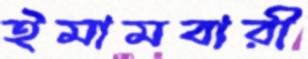
ইমামবারী